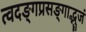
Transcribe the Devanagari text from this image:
त्वदङ्गप्रसङ्गाद्भुजं